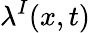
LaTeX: \lambda^{I}(x,t)